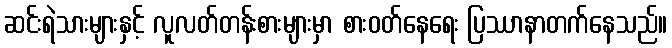
ဆင်းရဲသားများနှင့် လူလတ်တန်းစားများမှာ စားဝတ်နေရေး ပြဿာနာတက်နေသည်။